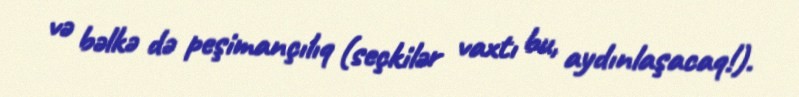
və bəlkə də peşimançılıq (seçkilər vaxtı bu, aydınlaşacaq!).